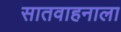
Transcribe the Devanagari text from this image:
सातवाहनाला